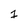
Character: 1